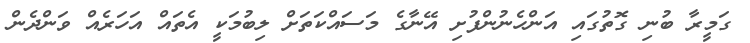
ގަމީރާ ބުނި ގޮތުގައި އަންހެނުންފުށި އޭނާގެ މަސައްކަތަށް ލިބުމަކީ އެތައް އަހަރެއް ވަންދެން